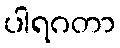
ပါရဂတာ